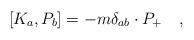
LaTeX: \begin{align*}\left[ K_a,P_b\right] =-m\delta _{ab}\cdot P_{+}\quad ,\end{align*}